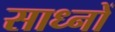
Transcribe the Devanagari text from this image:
साध्नों